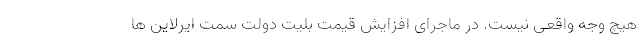
هیچ وجه واقعی نیست. در ماجرای افزایش قیمت بلیت دولت سمت ایرلاین ها